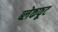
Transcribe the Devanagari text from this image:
ब्लेकफूट